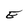
Character: E